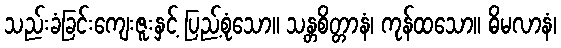
သည်းခံခြင်းကျေးဇူးနှင့် ပြည့်စုံသော။ သန္တစိတ္တာနံ၊ ကုန်ထသော။ ဓိမလာနံ၊